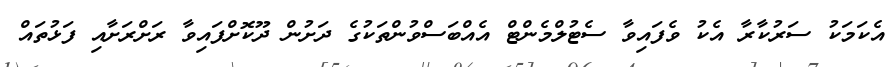
އެކަމަކު ސަރުކާރާ އެކު ވެފައިވާ ސެޓުލްމެންޓް އެއްބަސްވުންތަކުގެ ދަށުން ދޫކޮށްފައިވާ ރަށްރަށާއި ފަޅުތައް